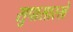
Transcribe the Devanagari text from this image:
सुपासारखे